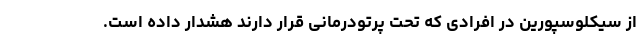
از سیکلوسپورین در افرادی که تحت پرتودرمانی قرار دارند هشدار داده است.